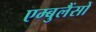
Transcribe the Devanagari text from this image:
एम्बुलैंसों